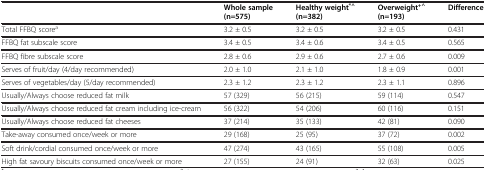
<table><thead><tr><td><b> </b></td><td><b>Whole sample (n=575)</b></td><td><b>Healthy weight<sup>*^ </sup>(n=382)</b></td><td><b>Overweight<sup>+^ </sup>(n=193)</b></td><td><b>Difference</b></td></tr></thead><tbody><tr><td>Total FFBQ score<sup>a</sup></td><td>3.2 ± 0.5</td><td>3.2 ± 0.5</td><td>3.2 ± 0.5</td><td>0.431</td></tr><tr><td>FFBQ fat subscale score</td><td>3.4 ± 0.5</td><td>3.4 ± 0.6</td><td>3.4 ± 0.5</td><td>0.565</td></tr><tr><td>FFBQ fibre subscale score</td><td>2.8 ± 0.6</td><td>2.9 ± 0.6</td><td>2.7 ± 0.6</td><td>0.009</td></tr><tr><td>Serves of fruit/day (4/day recommended)</td><td>2.0 ± 1.0</td><td>2.1 ± 1.0</td><td>1.8 ± 0.9</td><td>0.001</td></tr><tr><td>Serves of vegetables/day (5/day recommended)</td><td>2.3 ± 1.2</td><td>2.3 ± 1.2</td><td>2.3 ± 1.1</td><td>0.896</td></tr><tr><td>Usually/Always choose reduced fat milk</td><td>57 (329)</td><td>56 (215)</td><td>59 (114)</td><td>0.547</td></tr><tr><td>Usually/Always choose reduced fat cream including ice-cream</td><td>56 (322)</td><td>54 (206)</td><td>60 (116)</td><td>0.151</td></tr><tr><td>Usually/Always choose reduced fat cheeses</td><td>37 (214)</td><td>35 (133)</td><td>42 (81)</td><td>0.090</td></tr><tr><td>Take-away consumed once/week or more</td><td>29 (168)</td><td>25 (95)</td><td>37 (72)</td><td>0.002</td></tr><tr><td>Soft drink/cordial consumed once/week or more</td><td>47 (274)</td><td>43 (165)</td><td>55 (108)</td><td>0.005</td></tr><tr><td>High fat savoury biscuits consumed once/week or more</td><td>27 (155)</td><td>24 (91)</td><td>32 (63)</td><td>0.025</td></tr></tbody></table>